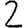
Digit: 2